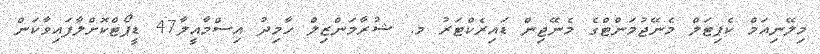
މިލޭނިއަމް ކެޕިޓަލް މެނޭޖުމަންޓްގެ މެނޭޖިން ޑައިރެކްޓަރު މ. ޝުރާމަންޒިލް ހާމިދު އިސްމާއީލާ47 ޑީޕޯޓްކޮށްލާފައިވާކަން